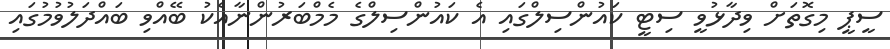
ސީޕީ މިގޮތަށް ވިދާޅުވީ ސިޓީ ކައުންސިލްގައި އެ ކައުންސިލްގެ މެމްބަރުންނާއެކު ބޭއްވި ބައްދަލުވުމުގައި